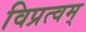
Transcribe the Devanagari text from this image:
विप्रत्वम्